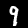
Label: 9